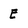
Character: E